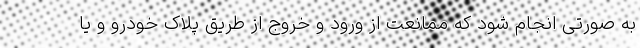
به صورتی انجام شود که ممانعت از ورود و خروج از طریق پلاک خودرو و یا